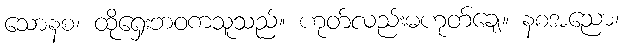
သောနစ၊ ထိုရှေးဘဝကသူသည်။ ဟုတ်လည်းမဟုတ်ချေ။ နစအညော၊